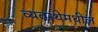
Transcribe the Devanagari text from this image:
व्यवस्थेमधील